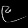
Digit: ၉